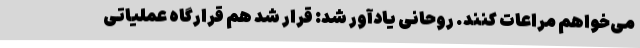
می‌خواهم مراعات کنند. روحانی یادآور شد: قرار شد هم قرارگاه عملیاتی